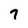
Character: 7